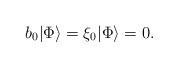
LaTeX: \begin{align*}b_0|\Phi\rangle=\xi_0|\Phi\rangle=0. \end{align*}